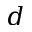
d